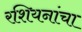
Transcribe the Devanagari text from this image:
रशियनांचा